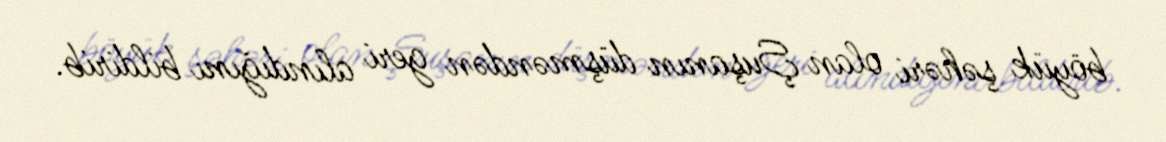
böyük şəhəri olan Şuşanın düşməndən geri alındığını bildirib.